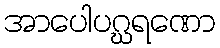
အာပေါပဂ္ဃရဏော